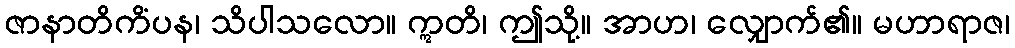
ဇာနာတိကိံပန၊ သိပါသလော။ ဣတိ၊ ဤသို့။ အာဟ၊ လျှောက်၏။ မဟာရာဇ၊